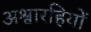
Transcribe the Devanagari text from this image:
अश्वारहियों